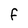
Character: F